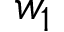
w _ { 1 }